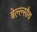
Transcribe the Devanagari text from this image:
बेल्ल्सौथ